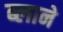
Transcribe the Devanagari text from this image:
ब्लाने